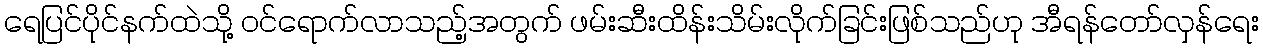
ရေပြင်ပိုင်နက်ထဲသို့ ဝင်ရောက်လာသည့်အတွက် ဖမ်းဆီးထိန်းသိမ်းလိုက်ခြင်းဖြစ်သည်ဟု အီရန်တော်လှန်ရေး